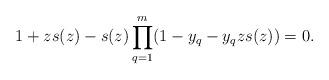
LaTeX: \begin{align*} 1+zs(z)-s(z)\prod_{q=1}^m(1-y_q-y_qzs(z))=0.\end{align*}